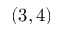
( 3 , 4 )